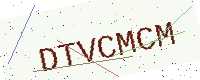
Text: DTVCMCM